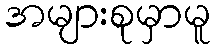
အများစုမှာမူ